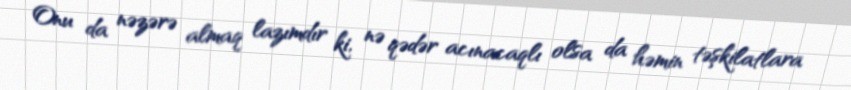
Onu da nəzərə almaq lazımdır ki, nə qədər acınacaqlı olsa da həmin təşkilatlara